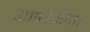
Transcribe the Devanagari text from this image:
उपभोगीता